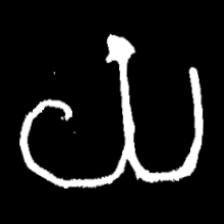
Pyu character \u2014 Myanmar letter: ယ (romanized: ya)